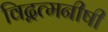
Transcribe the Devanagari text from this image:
विद्वत्मनीषी